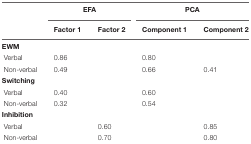
<table><thead><tr><td></td><td colspan="2"><b>EFA</b></td><td colspan="2"><b>PCA</b></td></tr><tr><td></td><td><b>Factor 1</b></td><td><b>Factor 2</b></td><td><b>Component 1</b></td><td><b>Component 2</b></td></tr></thead><tbody><tr><td><b>EWM</b></td><td></td><td></td><td></td><td></td></tr><tr><td>Verbal</td><td>0.86</td><td></td><td>0.80</td><td></td></tr><tr><td>Non-verbal</td><td>0.49</td><td></td><td>0.66</td><td>0.41</td></tr><tr><td><b>Switching</b></td><td></td><td></td><td></td><td></td></tr><tr><td>Verbal</td><td>0.40</td><td></td><td>0.60</td><td></td></tr><tr><td>Non-verbal</td><td>0.32</td><td></td><td>0.54</td><td></td></tr><tr><td><b>Inhibition</b></td><td></td><td></td><td></td><td></td></tr><tr><td>Verbal</td><td></td><td>0.60</td><td></td><td>0.85</td></tr><tr><td>Non-verbal</td><td></td><td>0.70</td><td></td><td>0.80</td></tr></tbody></table>